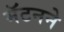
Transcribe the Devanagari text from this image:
मॅटनने